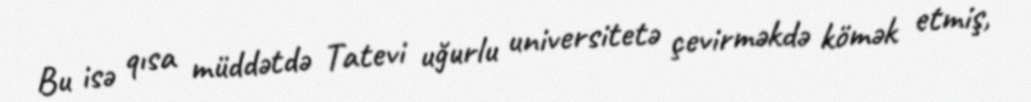
Bu isə qısa müddətdə Tatevi uğurlu universitetə çevirməkdə kömək etmiş,